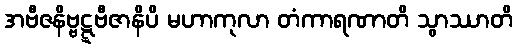
အဗီဇနိဗ္ဗဋ္ဋဗီဇာနိပိ မဟာကုလာ တံကာရဏာတိ သွာဿာတိ